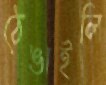
ঠেঙাইলি